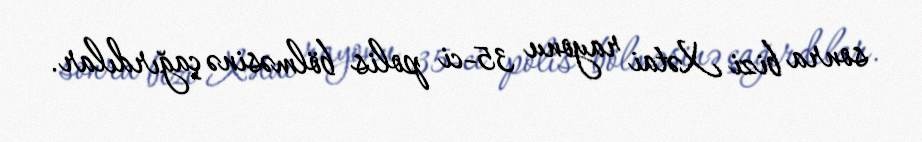
sonra bizi Xətai rayonu 35-ci polis bölməsinə çağırdılar.